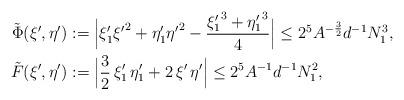
LaTeX: \begin{align*}\tilde{\Phi} (\xi' ,\eta') & := \Bigl| \xi_1' {\xi'}^2 + \eta_1' {\eta'}^2 - \frac{{\xi_1'}^3 + {\eta_1'}^3}{4} \Bigr|\leq 2^5 A^{-\frac{3}{2}}d^{-1} N_1^3 , \\\tilde{F} (\xi' ,\eta') & := \Bigl| \frac{3}{2} \, \xi_1' \, \eta_1' + 2 \, \xi' \, \eta' \Bigr|\leq 2^5 A^{-1} d^{-1} N_1^2,\end{align*}